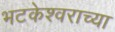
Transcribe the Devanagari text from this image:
भटकेश्वराच्या